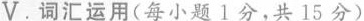
V.词汇运用(每小题 1分,共 15 分)